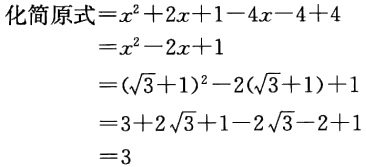
\[

\begin{align*}

\text{化简原式}&=x^{2}+2x + 1-4x-4 + 4\\

&=x^{2}-2x + 1\\

&=(\sqrt{3}+1)^{2}-2(\sqrt{3}+1)+1\\

&=3 + 2\sqrt{3}+1-2\sqrt{3}-2 + 1\\

&=3

\end{align*}

\]